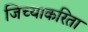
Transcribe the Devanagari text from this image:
जिच्याकरिता